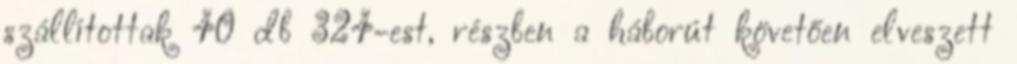
szállítottak 40 db 324-est, részben a háborút követően elveszett